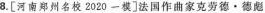
8.[河南郑州名校2020一模]法国作曲家克劳德·德彪